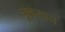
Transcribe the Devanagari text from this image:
नूकसान